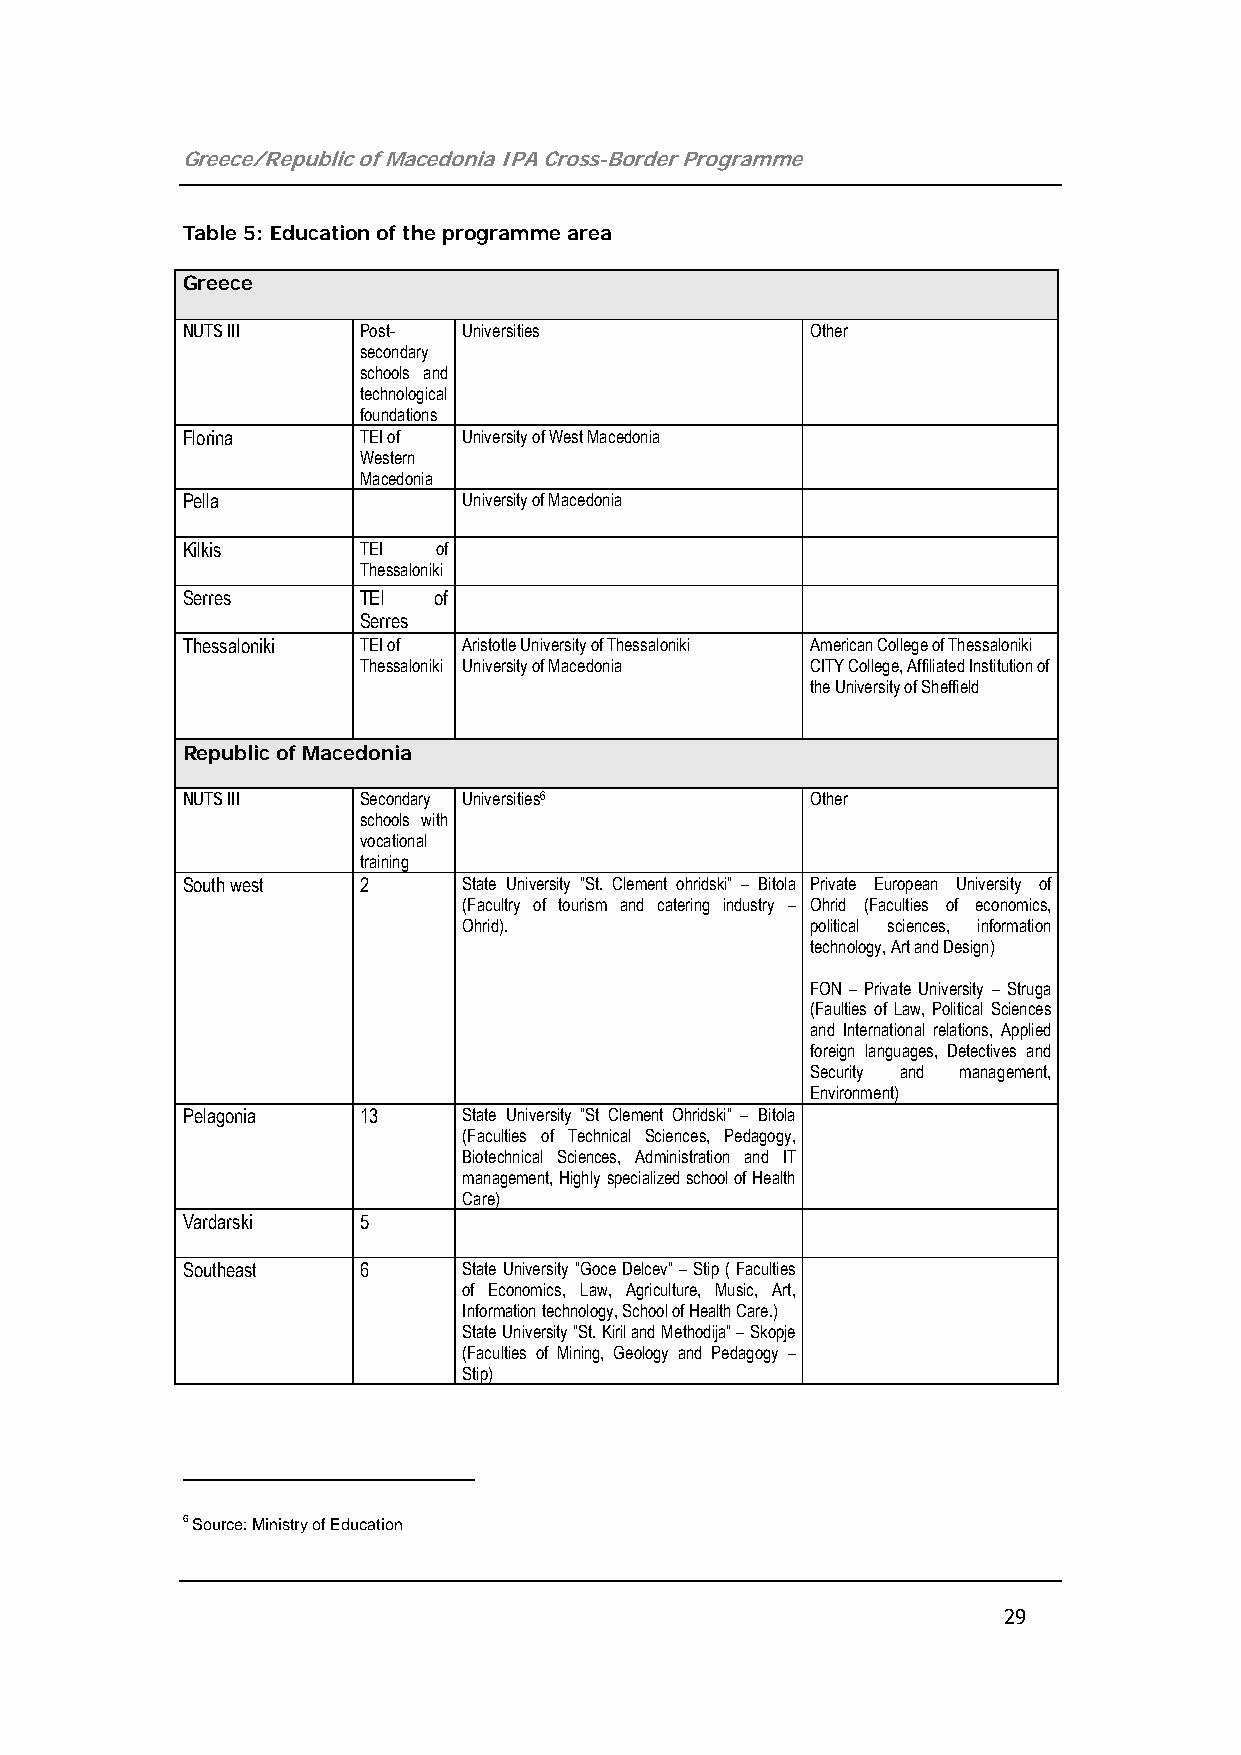
Greece/Republic of Macedonia IPA Cross-Border Programme
 Table 5: Education of the programme area
 Greece
 NUTS III    Post-  Universities           Other
 secondary
 schools and
 technological
 foundations
 Florina     TEI of University of West Macedonia
 Western
 Macedonia
 Pella              University of Macedonia
 Kilkis      TEI  of
 Thessaloniki
 Serres      TEI  of
 Serres
 Thessaloniki TEI of Aristotle University of Thessaloniki American College of Thessaloniki
 Thessaloniki University of Macedonia CITY College, Affiliated Institution of
 the University of Sheffield
 Republic of Macedonia
 NUTS III    Secondary Universities6       Other
 schools with
 vocational
 training
 South west  2      State University “St. Clement ohridski” – Bitola Private European University of
 (Facultry of tourism and catering industry – Ohrid (Faculties of economics,
 Ohrid).                political sciences, information
 technology, Art and Design)
 FON – Private University – Struga
 (Faulties of Law, Political Sciences
 and International relations, Applied
 foreign languages, Detectives and
 Security and management,
 Environment)
 Pelagonia   13     State University “St Clement Ohridski” – Bitola
 (Faculties of Technical Sciences, Pedagogy,
 Biotechnical Sciences, Administration and IT
 management, Highly specialized school of Health
 Care)
 Vardarski   5
 Southeast   6      State University “Goce Delcev” – Stip ( Faculties
 of Economics, Law, Agriculture, Music, Art,
 Information technology, School of Health Care.)
 State University “St. Kiril and Methodija” – Skopje
 (Faculties of Mining, Geology and Pedagogy –
 Stip)
 6 Source: Ministry of Education
 29